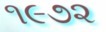
૧૯૭૨